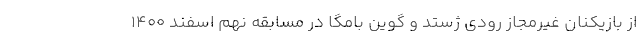
از بازیکنان غیرمجاز رودی ژستد و گوین بامگا در مسابقه نهم اسفند ۱۴۰۰